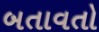
બતાવતો